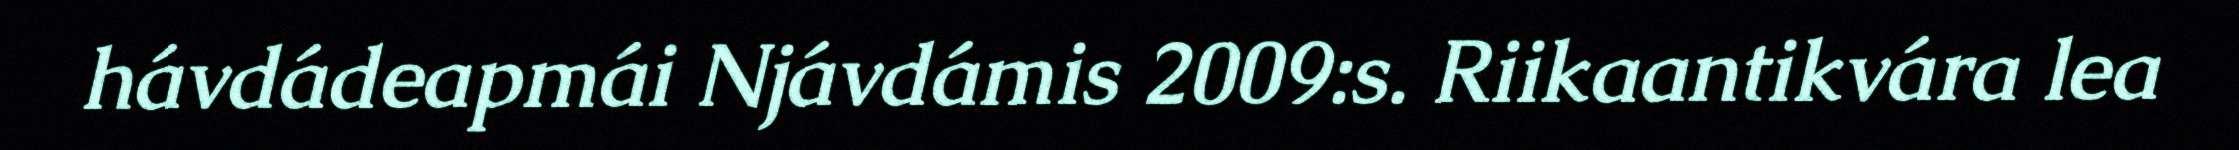
hávdádeapmái Njávdámis 2009:s. Riikaantikvára lea